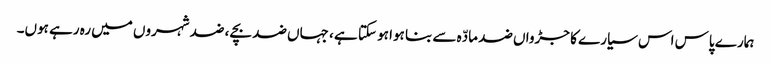
ہمارے پاس اس سیارے کا جڑواں ضد مادّہ سے بنا ہوا ہو سکتا ہے ، جہاں ضد بچے ، ضد شہروں میں رہ رہے ہوں۔